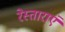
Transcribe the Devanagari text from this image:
रेस्ताराएं